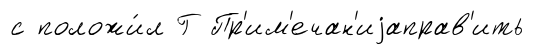
с положи́л Г Пр'им'ечан'иjаправ'ить